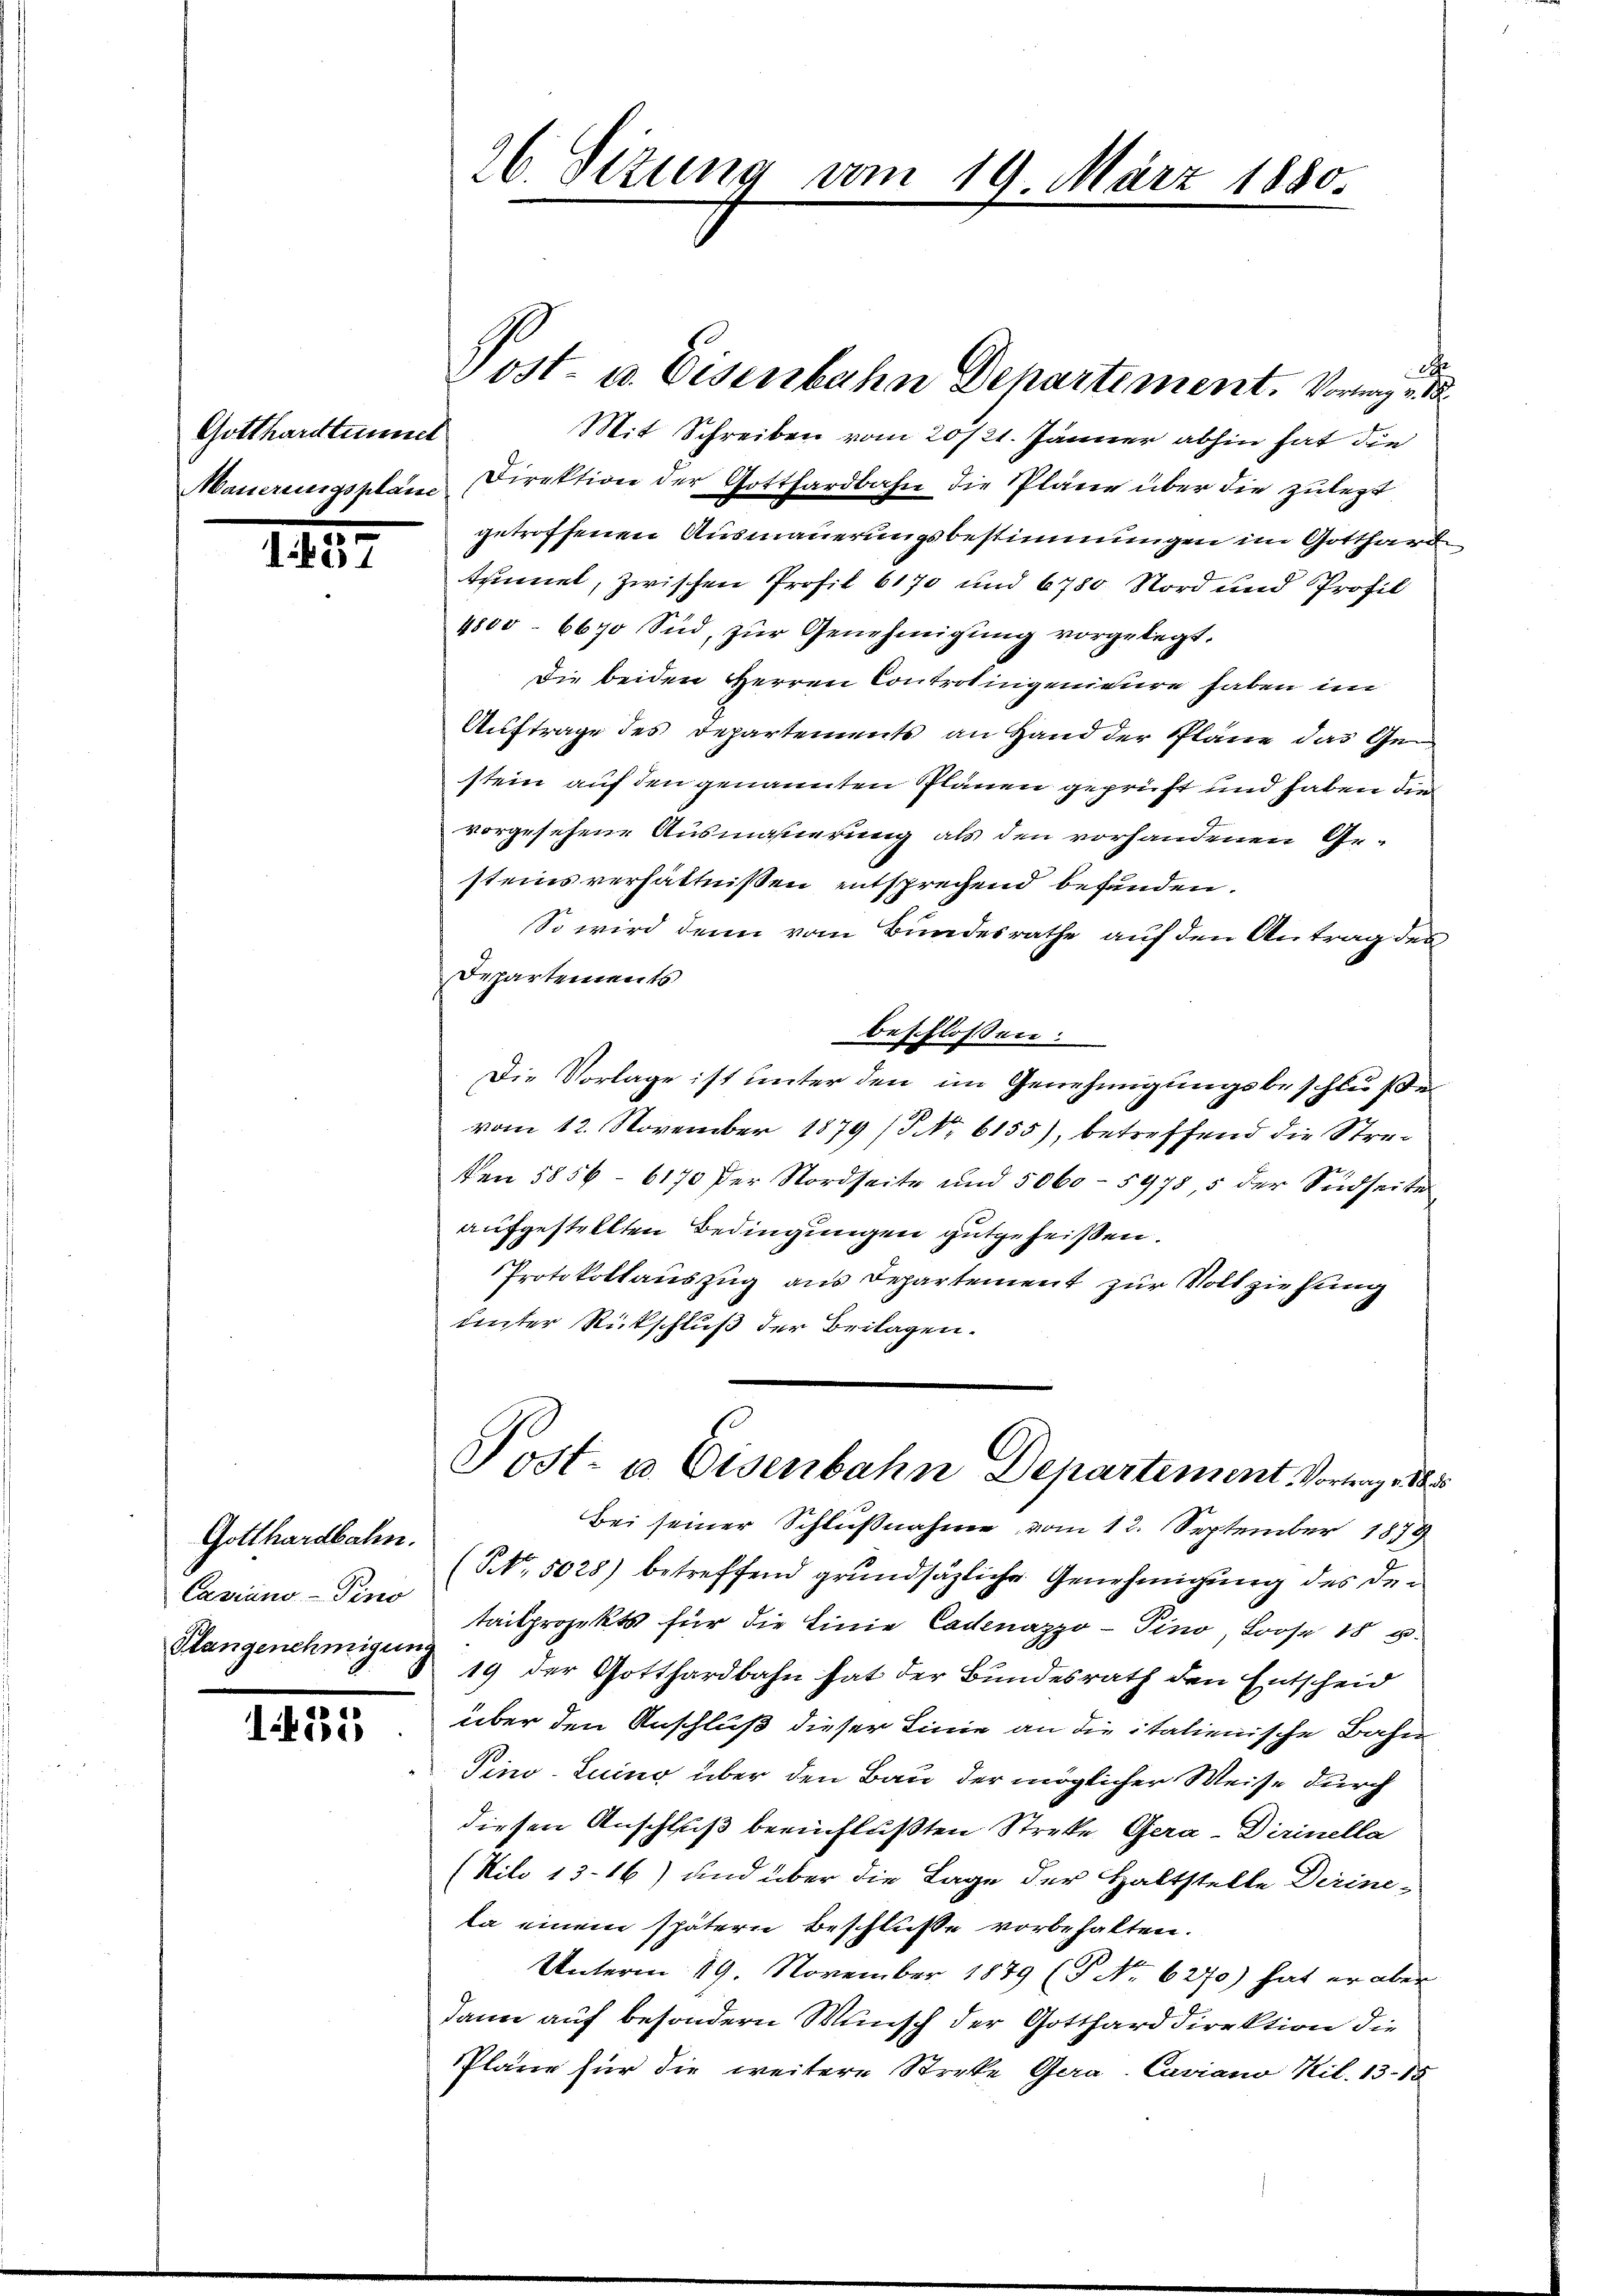
Gotthardtunner
Mauerenigspläne

1457

Gotthardbahn.
Casiano - Pino
Slangenehmigung

1235

26. Sizung vom 19. März 1880

A
2ost- u. Eisenbahn Departement. Vorlag v. 18
Mit Schreiben vom 20/21. Jänner abhin hat die
Direktion der Gotthardbahn die Pläne über die zulegt
getroffenen Ausmauerungsbestimmungen im Gotthard
tennet, zwischen Profil 6170 und 6780. Nord und Profil
4800. 6670 Sid zŭr Genehmigung vorgelegt.
Die beiden Herren Controlingenieure haben im
Auftrage des Departements an Hand der Pläne das Gestein auf den genannten Plänen geprüft und haben die
vorgesehene Ausmannerung als den vorhandenen Gesteinsverhältnißen entsprechend befunden.
So wird denn vom Bundesrathe auf den Antrag des
Departements
beschlossen:
Die Vorlage ist unter den im Genehmigungsbeschluße
vom 12. November 1879 (5 No 6155), betreffend die Stre¬
Den 5856-6170 der Nordseite und 5060 - 5978, 5 der Südseite
aufgestellten Bedingungen gutgeheißen.
Protokollauszug aus Departement zur Vollziehung
einter Rückschluß der Beilagen.
Post- u. Eisenbahn Departement Vortrage 18
Bei seiner Schlußnahme vom 12. September 1879
(No. 5028) betreffend grundsätzliche Genehmigung des detailprojekts für die Linie Cadenazzo - Pino Loose 18 u.
19 der Gotthardbahn hat der Bundesrath den Entscheid
über den Anschluß dieser Linie an die italienische Bahn
Pino-Luino über den Bau der möglicher Weise durch
diesen Anschluß beeinflußten Streke Gera-Dirinella
(Nilo 1316) und über die Lage der Haltstelle Dirineka einem spätern Beschluße vorbehalten.
Unterm 19. November 1879 (P No. 6270) hat er aber
dann auf besondern Wunsch der Gotthard direktion die
Pläne für die weitere Streke Gera. Caviano Kil. 13. 18